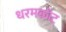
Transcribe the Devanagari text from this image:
धरमकोट